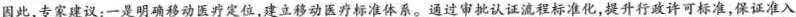
因此,专家建议:一是明确移动医疗定位,建立移动医疗根准体系。通过审批认证流程标准化,提升行政许可标准,保证准入